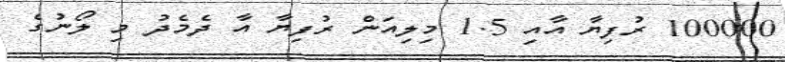
100000 ރުފިޔާ އާއި 1.5 މިލިއަން ރުފިޔާ އާ ދެމެދު މި ލޯނުގެ